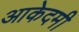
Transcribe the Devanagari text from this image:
आकेदमी